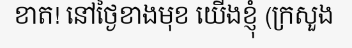
ខាត! នៅថ្ងៃខាងមុខ យើងខ្ញុំ (ក្រសួង